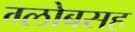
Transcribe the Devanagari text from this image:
ग्लोबसह